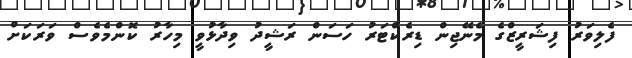
ފެލިވަރު ފިޝަރީޒްގެ މެނޭޖިން ޑިރެކްޓަރު ހަސަން ރަޝީދު ވިދާޅުވީ މިހާރު ކޮންމެވެސް ވަރަކަށް